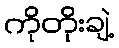
ကိုတိုးချဲ့